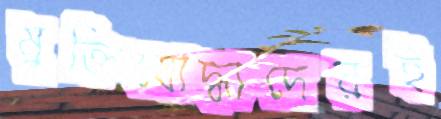
মুক্তিযোদ্ধাদেরই